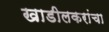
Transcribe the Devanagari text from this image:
खाडीलकरांचा